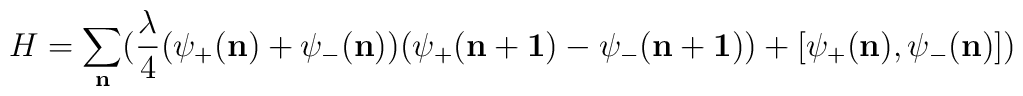
H  =  \sum_{\bf n}(\frac{\lambda}{4} (\psi_{+}({\bf n})+ \psi_{-}({\bf n}))(\psi_{+}({\bf n+1})-  \psi_{-}({\bf n+1})) +[\psi_{+}({\bf n}), \psi_{-}({\bf n})])